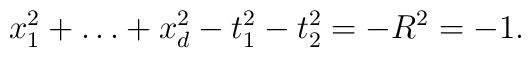
x_1^2 + \ldots + x_d^2 - t_1^2 - t_2^2 = - R^2 = - 1.